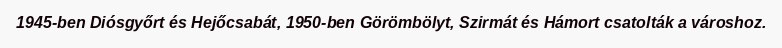
1945-ben Diósgyőrt és Hejőcsabát, 1950-ben Görömbölyt, Szirmát és Hámort csatolták a városhoz.